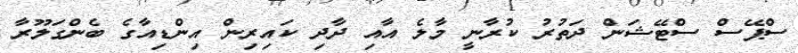
ސްޕޭސް ސްޓޭޝަން ދަތުރު ކުރާނީ މާލެ އާއި ދާދި ކައިރިން އިންޑިއާގެ ބެންގަލޫރާ